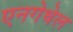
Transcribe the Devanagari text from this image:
एनगेधेल